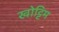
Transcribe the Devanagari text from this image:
खोट्टिम